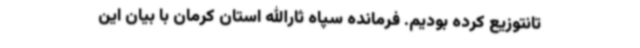
تانتوزیع کرده بودیم. فرمانده سپاه ثارالله استان کرمان با بیان این